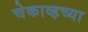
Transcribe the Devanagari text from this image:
चेकाव्हच्या